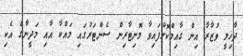
ދާޚިލީ ވުޒާރާ އިން ގާއިމްކޮށްފައިވާ މޮނިޓާރިން ސެންޓަރުގައި މައްކާ އާއި މަދީނާގެ އެކި